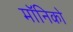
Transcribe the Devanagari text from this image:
मॉनिको